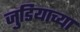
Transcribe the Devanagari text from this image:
जुडियाच्या